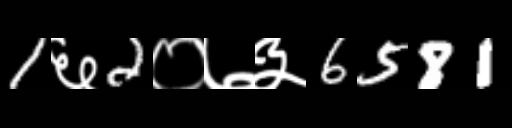
Text: 1६2०७३6581